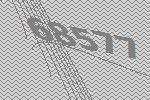
68577